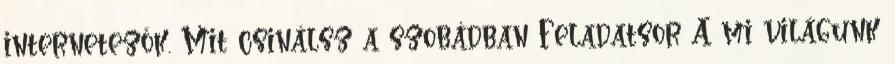
internetezők. Mit csinálsz a szobádban Feladatsor A mi világunk